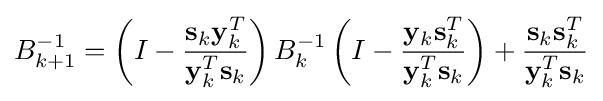
B_{k+1}^{-1}=\left(I-{\frac {\mathbf {s} _{k}\mathbf {y} _{k}^{T}}{\mathbf {y} _{k}^{T}\mathbf {s} _{k}}}\right)B_{k}^{-1}\left(I-{\frac {\mathbf {y} _{k}\mathbf {s} _{k}^{T}}{\mathbf {y} _{k}^{T}\mathbf {s} _{k}}}\right)+{\frac {\mathbf {s} _{k}\mathbf {s} _{k}^{T}}{\mathbf {y} _{k}^{T}\mathbf {s} _{k}}}